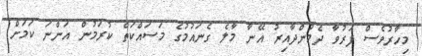
މިހާރުވެސް ފަރުވާ ދެމުންދާއިރު އޭނާ މާލެ ގެނައުމުގެ މަސައްކަތް ކުރަމުން އަންނަ ކަމަށް